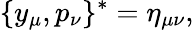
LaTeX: \{ y_{\mu},p_{\nu}\} ^{*}=\eta_{\mu\nu},